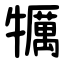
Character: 犡